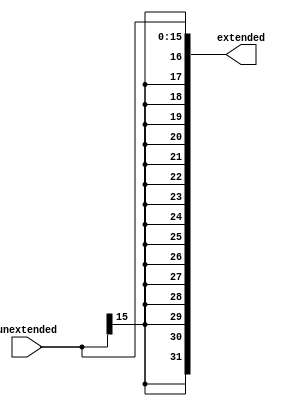
module SignExtender(extended,unextended);
                    // this module extends 16 bits data to 32 bits as signed
input [15:0] unextended;

output [31:0] extended;
reg [31:0] extended;

always @(*)begin
	extended = { {16{unextended[15]}}, unextended[15:0]};
end

endmodule